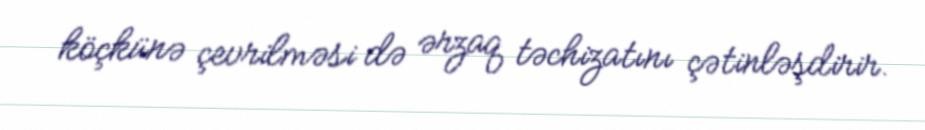
köçkünə çevrilməsi də ərzaq təchizatını çətinləşdirir.